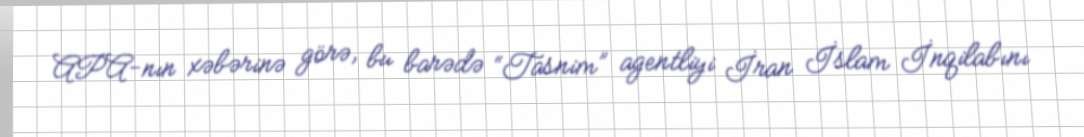
APA-nın xəbərinə görə, bu barədə “Tasnim” agentliyi İran İslam İnqilabını